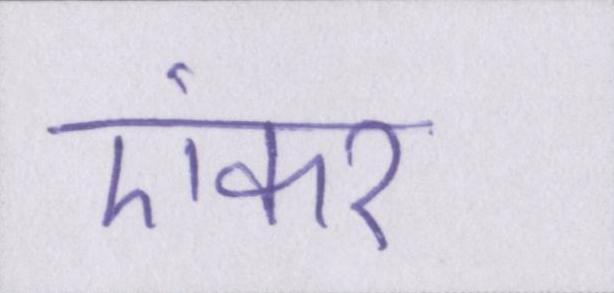
एंकर